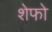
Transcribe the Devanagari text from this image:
शेफो